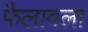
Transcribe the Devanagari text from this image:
फैलावला